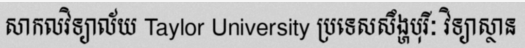
សាកលវិទ្យាល័យ Taylor University ប្រទេសសឹង្ហបុរីៈ វិទ្យាស្ថាន